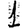
Digit: 1